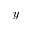
y